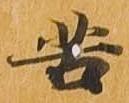
苦